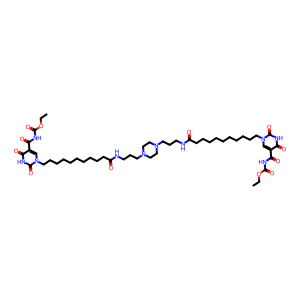
SMILES: CCOC(=O)NC(=O)c1cn(CCCCCCCCCCC(=O)NCCCN2CCN(CCCNC(=O)CCCCCCCCCCn3cc(C(=O)NC(=O)OCC)c(=O)[nH]c3=O)CC2)c(=O)[nH]c1=O
Inhibits HIV replication: No